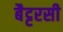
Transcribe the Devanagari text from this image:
बैट्टरसी